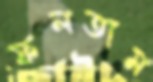
ফলতাম